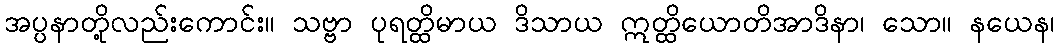
အပ္ပနာတို့လည်းကောင်း။ သဗ္ဗာ ပုရတ္ထိမာယ ဒိသာယ ဣတ္ထိယောတိအာဒိနာ၊ သော။ နယေန၊